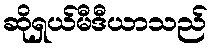
ဆိုရှယ်မီဒီယာသည်